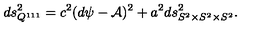
d s _ { Q ^ { 1 1 1 } } ^ { 2 } = c ^ { 2 } ( d \psi - { \cal A } ) ^ { 2 } + a ^ { 2 } d s _ { S ^ { 2 } \times S ^ { 2 } \times S ^ { 2 } } ^ { 2 } .